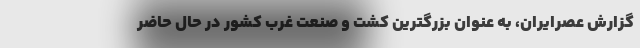
گزارش عصرایران، به عنوان بزرگترین کشت و صنعت غرب کشور در حال حاضر